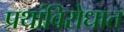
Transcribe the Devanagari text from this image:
प्रथांविरोधात